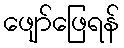
ဖျော်ဖြေရန်